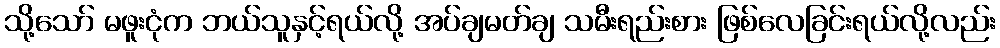
သို့သော် မဖူးငုံက ဘယ်သူနှင့်ရယ်လို့ အပ်ချမတ်ချ သမီးရည်းစား ဖြစ်လေခြင်းရယ်လို့လည်း